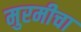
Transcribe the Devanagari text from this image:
मुरमीचा